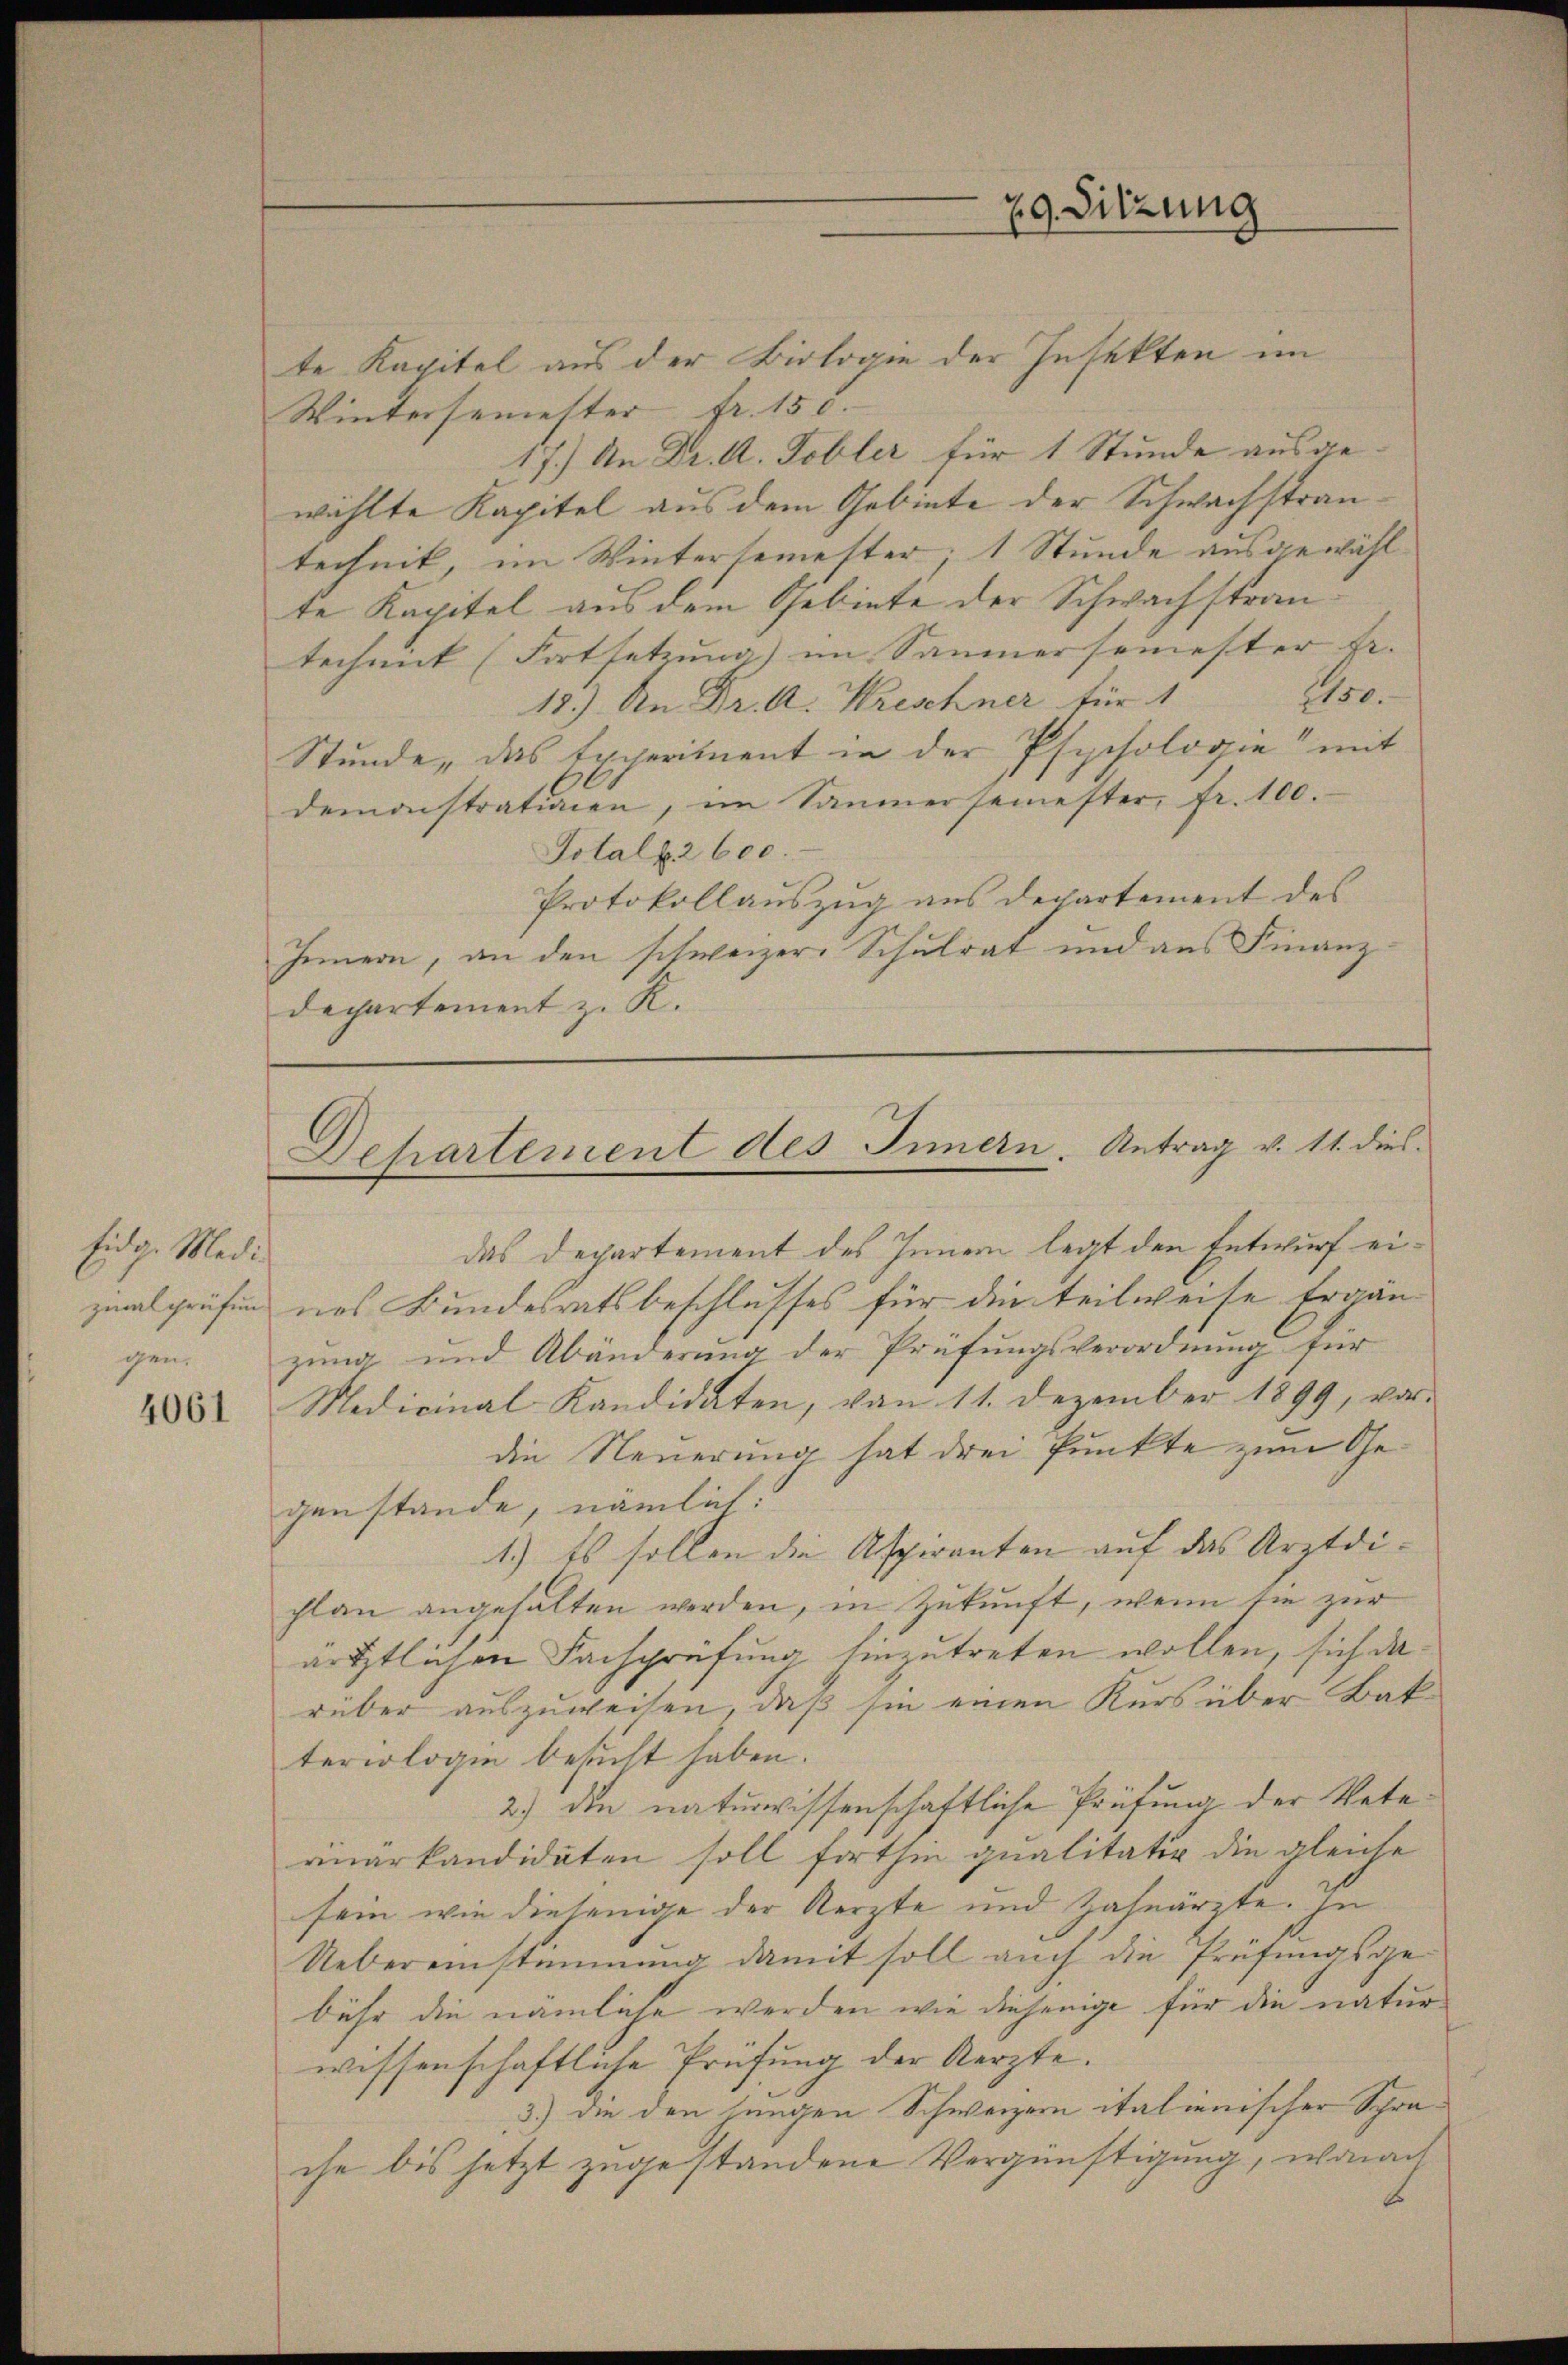
Eidg. Medi¬

4061

te Kapitel aus der Biologie der Insekten im
Wintersemester fr. 155. |
17.) An Dr. A. Tobler für 1 Stunde ausgewählte Kapitel aus dem Gebiete der Schwachstrantechnik, im Wintertemester, 1 Stunde ausgewählte Kapitel aus dem Gebiete der Schwachstrantechnick (Fortsetzung) im Saumersemester Fr. |
2150.
18.) An Dr. A. Kreschner für 1
Stunde, das Experiment in der Psychologie mit
demonstrationen, im Sammersemester, fr. 100.
Totalb2 600.
Protokollauszug aus Departement des
Innern, an den schweizer Schulrat und aus Finanzdechartement z. R.

29. Sitzung

Departement des Innern. Antrag v. 11. dies

das Departement des Innern legt den Entwurf eizialprüfend das Bundesratsbeschlusses für die teilweise Ergängen. Zung und Abänderung der Prüfungsverordnung für
Medicinal-Kandidaten, von 11. Dezember 1899, vor-
die Neuerung hat drei Punkte zum Gegenstande, nämlich:
1.) Es sollen die Aspiranten auf das Arztdi-
chlan angehalten werden, in Zukunft, wenn sie zur
ärtztlichen Fachprüfung hinzutreten wollen, sich darüber auszuweisen, daß sie einen Kurs über Bakteriologie besucht haben.
2.) Die naturwissenschaftliche Prüfung der Vete
rinärkandidaten soll forthin qualitater die gleiche
sein wie diejenige der Aerzte und Zahnarzte. In
Uebereinstimmung damit soll auch die Prüfungsge-
bühr die nämliche werden wie diejenige für die natur
wissenschaftliche Prüfung der Kerzte.
3.) die den jungen Schweizern italienischer Schrache bis jetzt zugestandene Vergünstigung, wonach